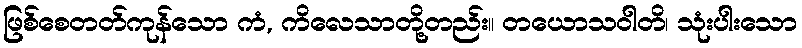
ဖြစ်စေတတ်ကုန်သော ကံ, ကိလေသာတို့တည်း။ တယောသဝါတိ၊ သုံးပါးသော